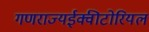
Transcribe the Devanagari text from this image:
गणराज्यईक्वीटोरियल